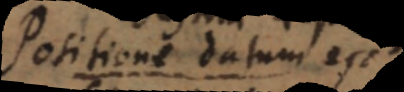
positione datum est,